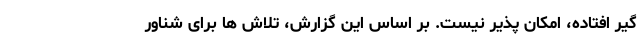
گیر افتاده، امکان پذیر نیست. بر اساس این گزارش، تلاش ها برای شناور